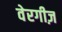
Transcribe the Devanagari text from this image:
वेरगीज़